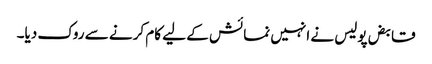
قابض پولیس نے انہیں نمائش کے لیے کام کرنے سے روک دیا۔